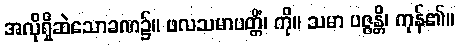
အလိုရှိဆဲသောခဏ၌။ ဖလသမာပတ္တိံ၊ ကို။ သမာ ပဇ္ဇန္တိ၊ ကုန်၏။